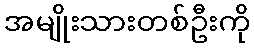
အမျိုးသားတစ်ဦးကို